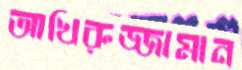
আখিরুজ্জামান